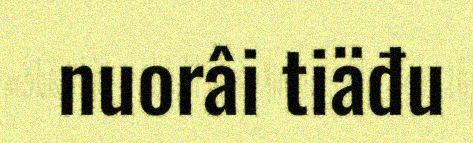
nuorâi tiäđu